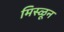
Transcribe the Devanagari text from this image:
मिस्ळून